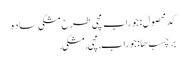
کد محصول: جوراب مچی طرح مشکی ساده
برچسب ها: جوراب, مچی, مشکی,